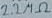
Text: 2.2 MΩ